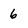
Character: 6